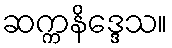
ဆက္ကနိဒ္ဒေသ။